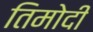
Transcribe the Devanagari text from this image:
तिमोदी